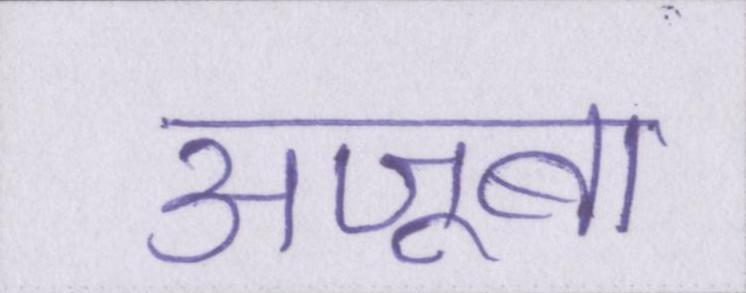
अजूबा